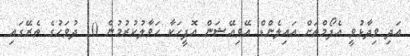
އަދި ވިދާޅުވީ އެފޯމްތަށް އައިލެންޑް އޭވިއޭޝަން އޮފީހަކާ ހަވާލުކުރުމުން 10 ދުވަހުގެ ތެރޭގައި